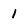
Character: 1